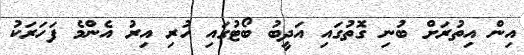
އިން އިތުރަށް ބުނި ގޮތުގައި އަދީބު ބޯޓުގައި ހުރި އިރު އެންމެ ފަހަރަކު